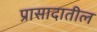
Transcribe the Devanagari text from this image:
प्रासादातील